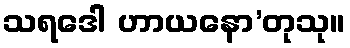
သရဒေါ ဟာယနော’တုသု။